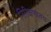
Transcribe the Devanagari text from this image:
निरिक्षणातच